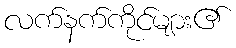
လက်နက်ကိုင်များ၏